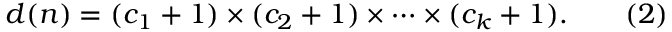
d ( n ) = ( c _ { 1 } + 1 ) \times ( c _ { 2 } + 1 ) \times \cdots \times ( c _ { k } + 1 ) . \qquad ( 2 )